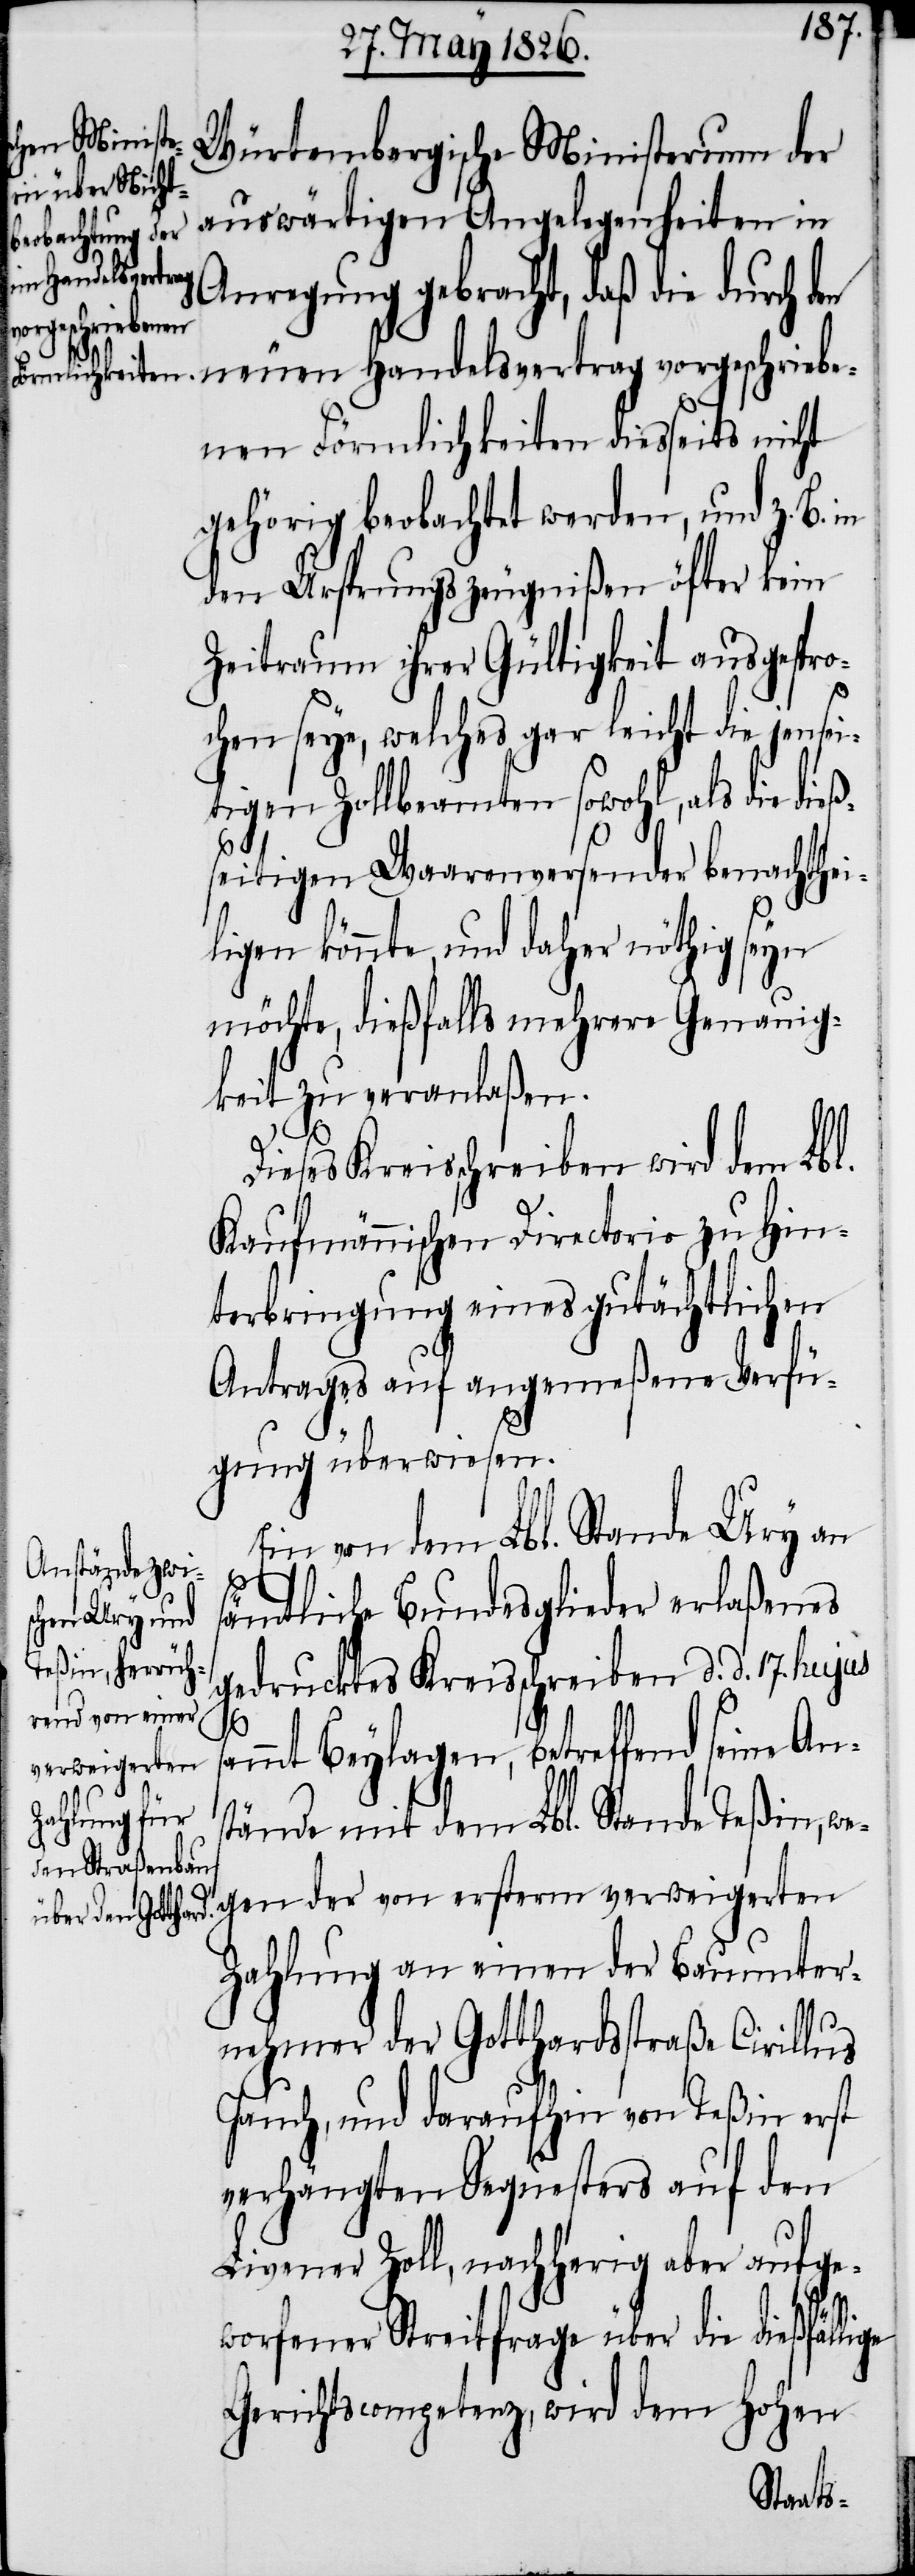
Würtembergische Ministerium der
auswärtigen Angelegenheiten in
Anregung gebracht, daß die durch den
neuen Handelsvertrag vorgeschriebe¬
nen Förmlichkeiten diesseits nicht
gehörig beobachtet werden, und z. B.
den Ursprungszeugnißen öfter kein
Zeitraum ihrer Gültigkeit ausgespro¬
chen seye, welches gar leicht die jensei¬
tigen Zollbeamten sowohl, als die dieß¬
seitigen Waarenversender benachthei¬
ligen könnte, und daher nöthig seyn
möchte, dießfalls mehrere Genauig¬
keit zu veranlaßen.
Dieses Kreisschreiben wird dem Lbl.
Kaufmännischen Directorio zu Hin¬
terbringung eines gutächtlichen
Antrages auf angemeßene Verfü¬
gung überwiesen.
Ein von dem Lbl. Stande Ury an
sämtliche Bundesglieder erlaßenes
gedrucktes Kreisschreiben d. d. 17. hujus
ge
ammt Beylagen, betreffend seine An¬
verweigerten
stände mit dem Lbl. Stande Teßin,
der von ersterm
Zahlung an einen der Bauunter¬
nehmer der Gotthardstraße Cirillus
Jauch, und daraufhin von Teßin erst
verhängten Sequesters auf den
Livener Zoll, nachherig aber aufge¬
worfener Streitfrage über die dießfälli¬
Gerichtscompetenz, wird dem Hohen